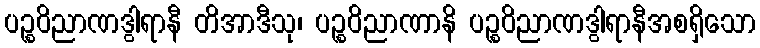
ပဉ္စဝိညာဏဒွါရာနီ တိအာဒီသု၊ ပဉ္စဝိညာဏာနိ ပဉ္စဝိညာဏဒွါရာနီအစရှိသော